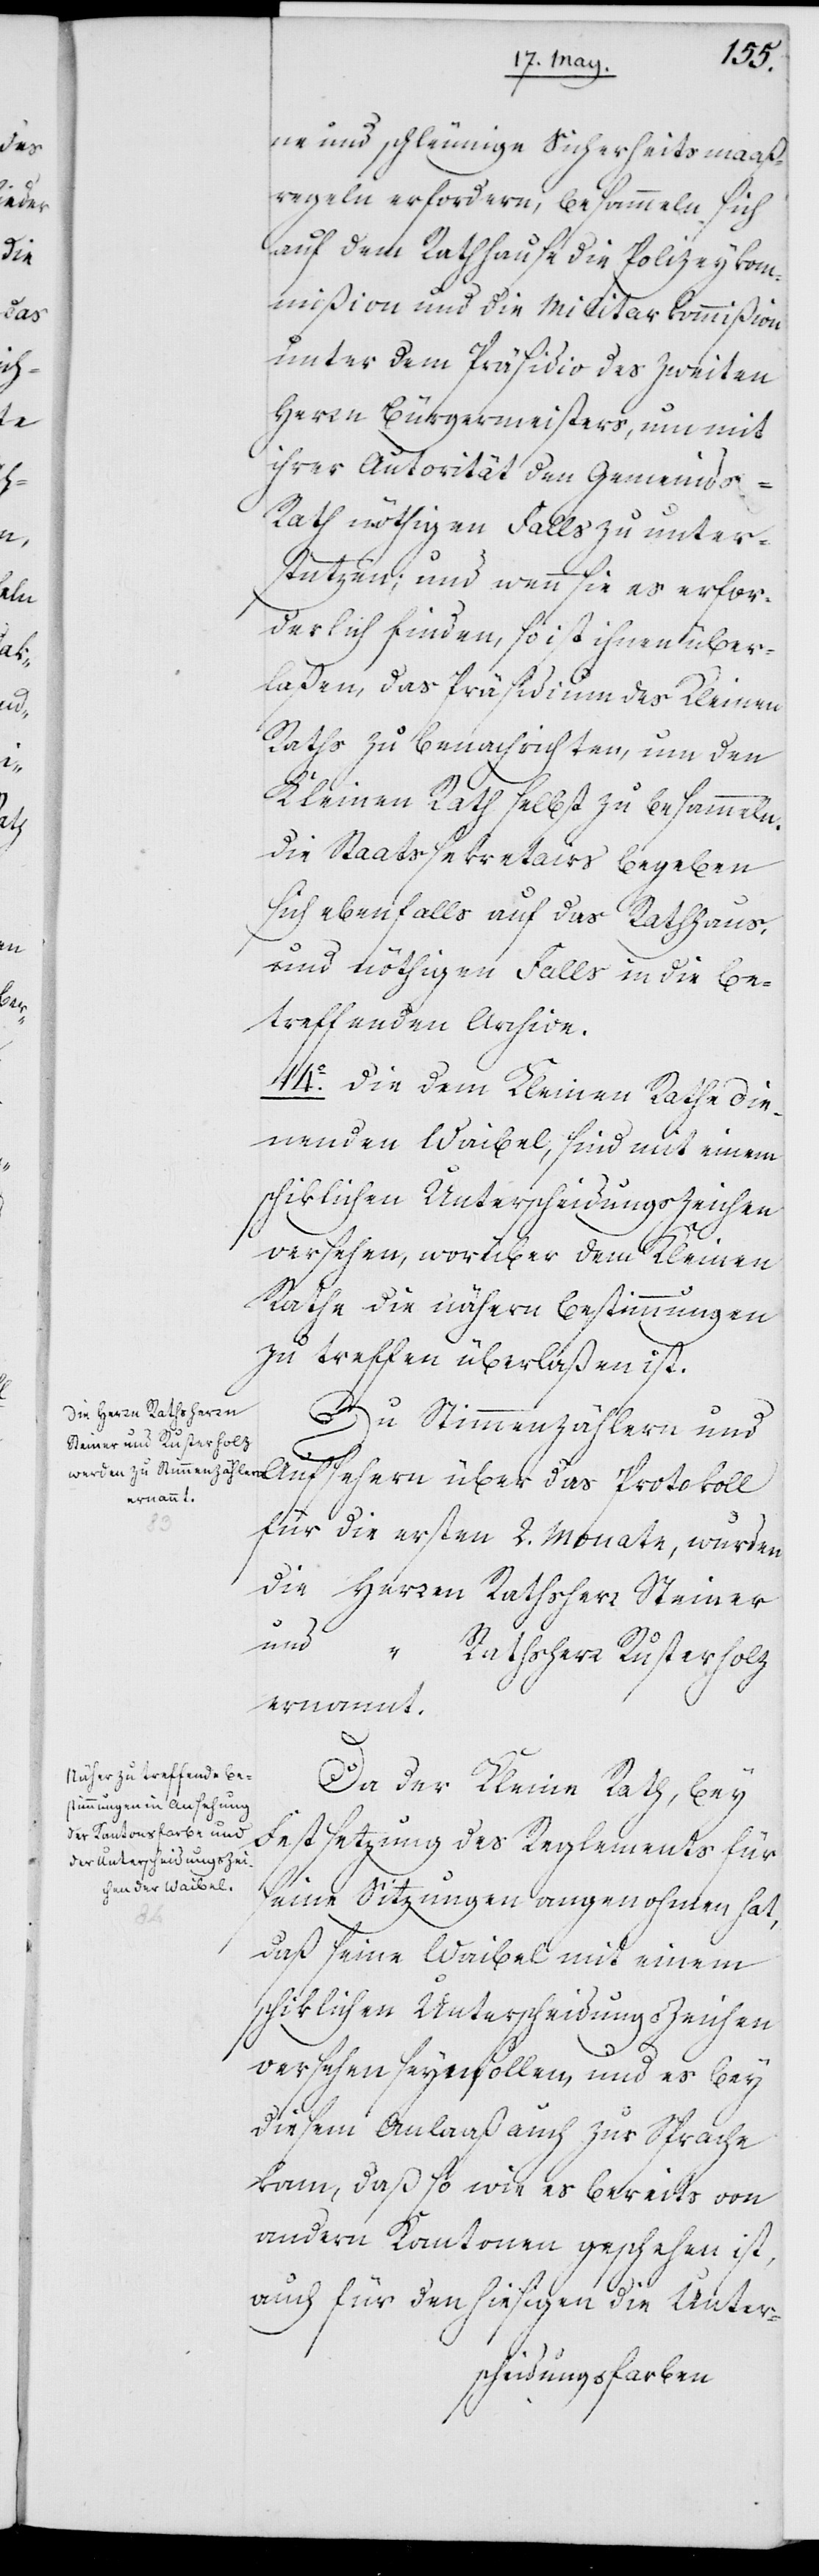
meine und schleunige Sicherheitsmaaß¬
regeln erfordern, besammeln sich
auf dem Rathhause die Polizeykom¬
mißion und die Militarkommißion
unter dem Präsidio des Zweiten
Herrn Bürgermeisters, um mit
ihrer Autorität den Gemeind¬
s-Rath nöthigen Falls zu unter¬
stützen; und wenn sie es erfor¬
derlich finden, so ist ihnen über¬
laßen, das Präsidium des Kleinen
Raths zu benachrichten, um den
Kleinen Rath selbst zu besammeln.
Die Staatssekretairs begeben
sich ebenfalls auf das Rathhaus,
und nöthigen Falls in die be¬
treffenden Archive.
14o Die dem Kleinen Rath die¬
nenden Waibel, sind mit einem
schiklichen Unterscheidungszeichen
versehen, worüber dem Kleinen
Rathe die nähern Bestimmungen
zu treffen überlaßen ist.
Zu Stimmenzählern und Aufsehern über das Protokoll
für die ersten 2. Monate, wurden
die	Herren	Rathsherr Steiner
und		„	Rathsherr Rusterholz
ernannt.
Da der Kleine Rath, bey
Festsetzung des Reglements für
seine Sitzungen angenohmen hat,
daß seine Waibel mit einem
schiklichen Unterscheidungs Zeichen
versehen seyn sollen, und es bey
diesem Anlaaß auch zur Sprache
kam, daß so wie es bereits von
andern Kantonen geschehen ist,
auch für den hiesigen die Unter-